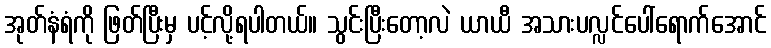
အုတ်နံရံကို ဖြတ်ပြီးမှ ပင့်လို့ရပါတယ်။ သွင်းပြီးတော့လဲ ယာယီ အသားပလ္လင်ပေါ်ရောက်အောင်